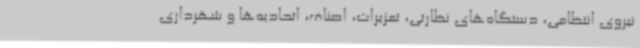
نیروی انتظامی، دستگاه‌های نظارتی، تعزیرات، اصناف، اتحادیه‌ها و شهرداری